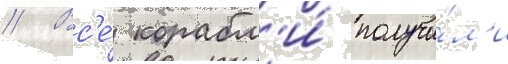
// Вс'е́ корабл'и́ получи́л'и